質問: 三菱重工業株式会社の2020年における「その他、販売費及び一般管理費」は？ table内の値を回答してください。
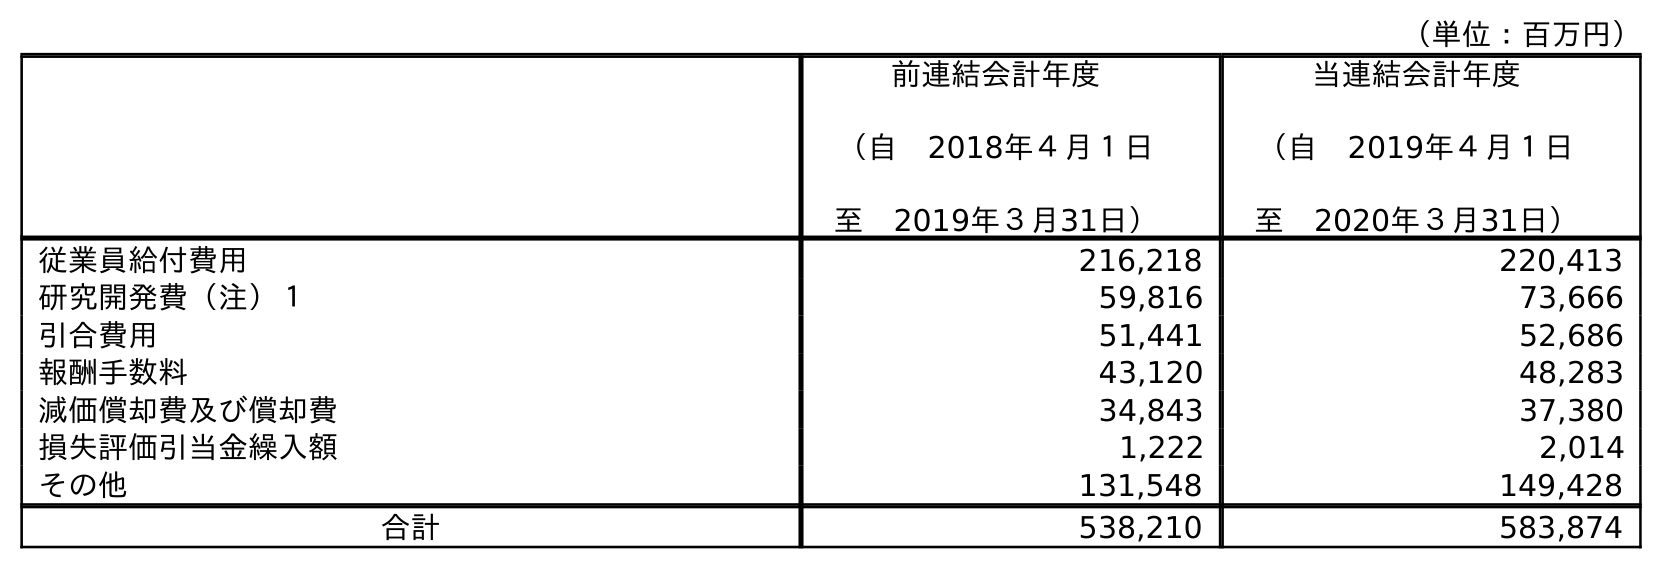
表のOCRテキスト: （単位：百万円） 前連結会計年度 （自 2018年４月１日 至 2019年３月31日） 当連結会計年度 （自 2019年４月１日 至 2020年３月31日） 従業員給付費用 216,218 220,413 研究開発費（注）１ 59,816 73,666 引合費用 51,441 52,686 報酬手数料 43,120 48,283 減価償却費及び償却費 34,843 37,380 損失評価引当金繰入額 1,222 2,014 その他 131,548 149,428 合計 538,210 583,874
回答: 149,428